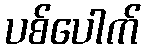
ပစ်ပေါက်